Subject: stat
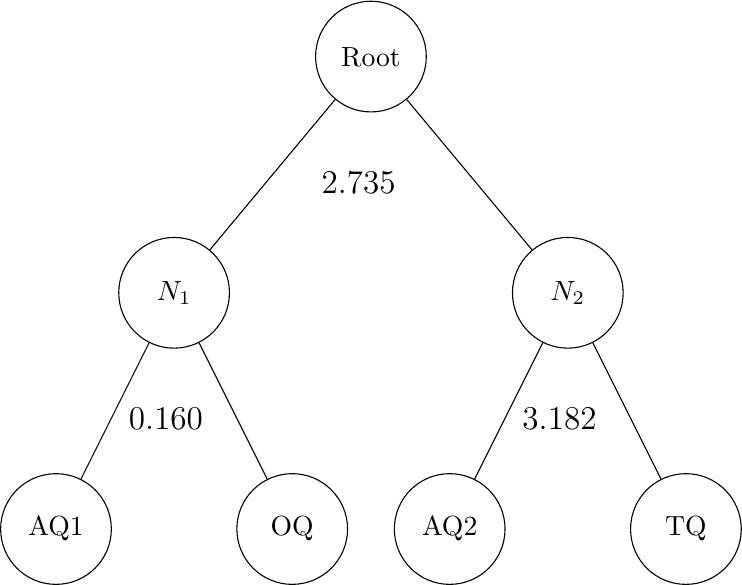
LaTeX code:
     \begin{tikzpicture}
    \node[circle, draw, minimum size = 4em]{Root}[sibling distance= 5 cm, level distance = 3 cm]
        child {node[circle, draw, minimum size = 4em] {$N_1$} [sibling distance = 3 cm]
            child{node[circle, draw, minimum size = 4em] {AQ1}
            edge from parent node[right, xshift = 0.05 cm, yshift=-0.1cm] {\large 0.160}}
            child {node[circle, draw, minimum size = 4em] {OQ}}
            edge from parent node[right, xshift = 0.50 cm, yshift=-0.1cm] {\large 2.735}
        }
        child {node[circle, draw, minimum size = 4em] {$N_2$} [sibling distance = 3 cm]
            child {node[circle, draw, minimum size = 4em] {AQ2}
             edge from parent node[right, xshift = 0.05 cm, yshift=-0.1cm] {\large 3.182}}
            child{node[circle, draw, minimum size = 4em] {TQ}}
        };
    \end{tikzpicture}